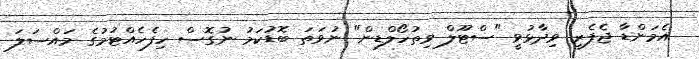
އެމަންޑާ ޖެފެރީ ވިދާޅުވީ "ސްޓޫލް ވިތުހޯލްޑިން" ނުވަތަ ބޮޑުކަމު ނުގޮސް ހިފެހެއްޓުމުގެ މައްސަލަ